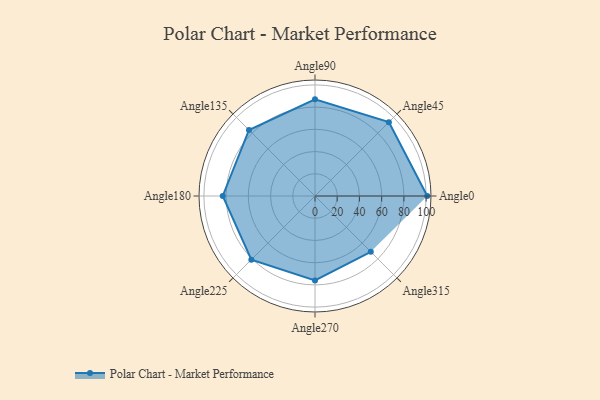
{"axis": {"x": "Angle", "y": "Radius"}, "legend": [""], "data": [{"x": "Angle0", "y": 101.0, "type": ""}, {"x": "Angle45", "y": 94.0, "type": ""}, {"x": "Angle90", "y": 87.0, "type": ""}, {"x": "Angle135", "y": 84.0, "type": ""}, {"x": "Angle180", "y": 83.0, "type": ""}, {"x": "Angle225", "y": 81.0, "type": ""}, {"x": "Angle270", "y": 76.0, "type": ""}, {"x": "Angle315", "y": 71.0, "type": ""}]}